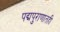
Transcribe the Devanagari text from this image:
पद्मपुराणातही